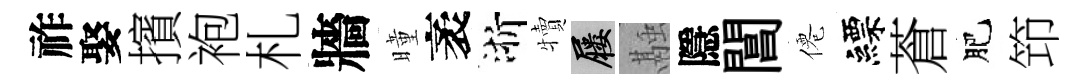
祚娶擯袍札牆曈袤浙犢屨融隱閶僊縹蒼肥笻